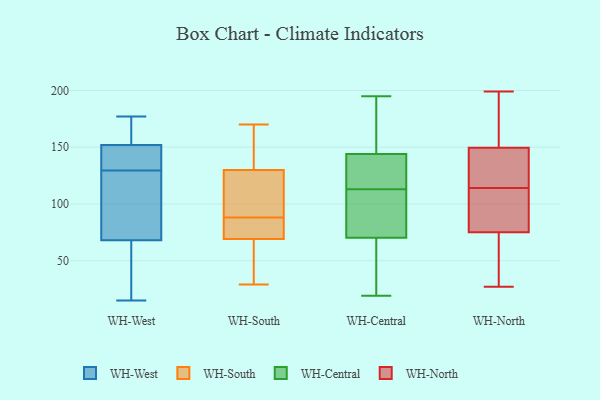
{"axis": {"x": "Page Views", "y": "Value"}, "legend": ["WH-Central", "WH-North", "WH-South", "WH-West"], "data": [{"x": "", "y": 139, "type": "WH-West"}, {"x": "", "y": 125, "type": "WH-West"}, {"x": "", "y": 116, "type": "WH-West"}, {"x": "", "y": 134, "type": "WH-West"}, {"x": "", "y": 68, "type": "WH-West"}, {"x": "", "y": 15, "type": "WH-West"}, {"x": "", "y": 159, "type": "WH-West"}, {"x": "", "y": 56, "type": "WH-West"}, {"x": "", "y": 177, "type": "WH-West"}, {"x": "", "y": 152, "type": "WH-West"}, {"x": "", "y": 152, "type": "WH-South"}, {"x": "", "y": 29, "type": "WH-South"}, {"x": "", "y": 72, "type": "WH-South"}, {"x": "", "y": 67, "type": "WH-South"}, {"x": "", "y": 104, "type": "WH-South"}, {"x": "", "y": 69, "type": "WH-South"}, {"x": "", "y": 97, "type": "WH-South"}, {"x": "", "y": 114, "type": "WH-South"}, {"x": "", "y": 170, "type": "WH-South"}, {"x": "", "y": 130, "type": "WH-South"}, {"x": "", "y": 75, "type": "WH-South"}, {"x": "", "y": 79, "type": "WH-South"}, {"x": "", "y": 153, "type": "WH-South"}, {"x": "", "y": 31, "type": "WH-South"}, {"x": "", "y": 80, "type": "WH-Central"}, {"x": "", "y": 19, "type": "WH-Central"}, {"x": "", "y": 144, "type": "WH-Central"}, {"x": "", "y": 113, "type": "WH-Central"}, {"x": "", "y": 117, "type": "WH-Central"}, {"x": "", "y": 102, "type": "WH-Central"}, {"x": "", "y": 67, "type": "WH-Central"}, {"x": "", "y": 31, "type": "WH-Central"}, {"x": "", "y": 51, "type": "WH-Central"}, {"x": "", "y": 195, "type": "WH-Central"}, {"x": "", "y": 144, "type": "WH-Central"}, {"x": "", "y": 113, "type": "WH-Central"}, {"x": "", "y": 159, "type": "WH-Central"}, {"x": "", "y": 187, "type": "WH-Central"}, {"x": "", "y": 97, "type": "WH-Central"}, {"x": "", "y": 148, "type": "WH-North"}, {"x": "", "y": 185, "type": "WH-North"}, {"x": "", "y": 151, "type": "WH-North"}, {"x": "", "y": 41, "type": "WH-North"}, {"x": "", "y": 63, "type": "WH-North"}, {"x": "", "y": 124, "type": "WH-North"}, {"x": "", "y": 81, "type": "WH-North"}, {"x": "", "y": 89, "type": "WH-North"}, {"x": "", "y": 40, "type": "WH-North"}, {"x": "", "y": 134, "type": "WH-North"}, {"x": "", "y": 120, "type": "WH-North"}, {"x": "", "y": 27, "type": "WH-North"}, {"x": "", "y": 105, "type": "WH-North"}, {"x": "", "y": 108, "type": "WH-North"}, {"x": "", "y": 102, "type": "WH-North"}, {"x": "", "y": 151, "type": "WH-North"}, {"x": "", "y": 132, "type": "WH-North"}, {"x": "", "y": 164, "type": "WH-North"}, {"x": "", "y": 199, "type": "WH-North"}, {"x": "", "y": 69, "type": "WH-North"}]}